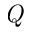
\textit { Q }